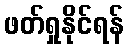
ဖတ်ရှုနိုင်ရန်